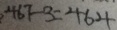
4 6 7 - 3 = 4 6 4